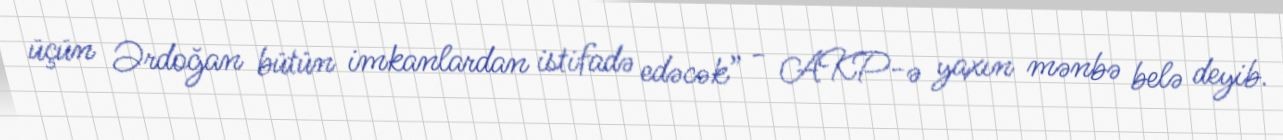
üçün Ərdoğan bütün imkanlardan istifadə edəcək” - AKP-ə yaxın mənbə belə deyib.